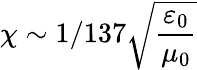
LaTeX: \chi\sim 1/137\sqrt{\frac{\varepsilon_{0}}{\mu_{0}}}